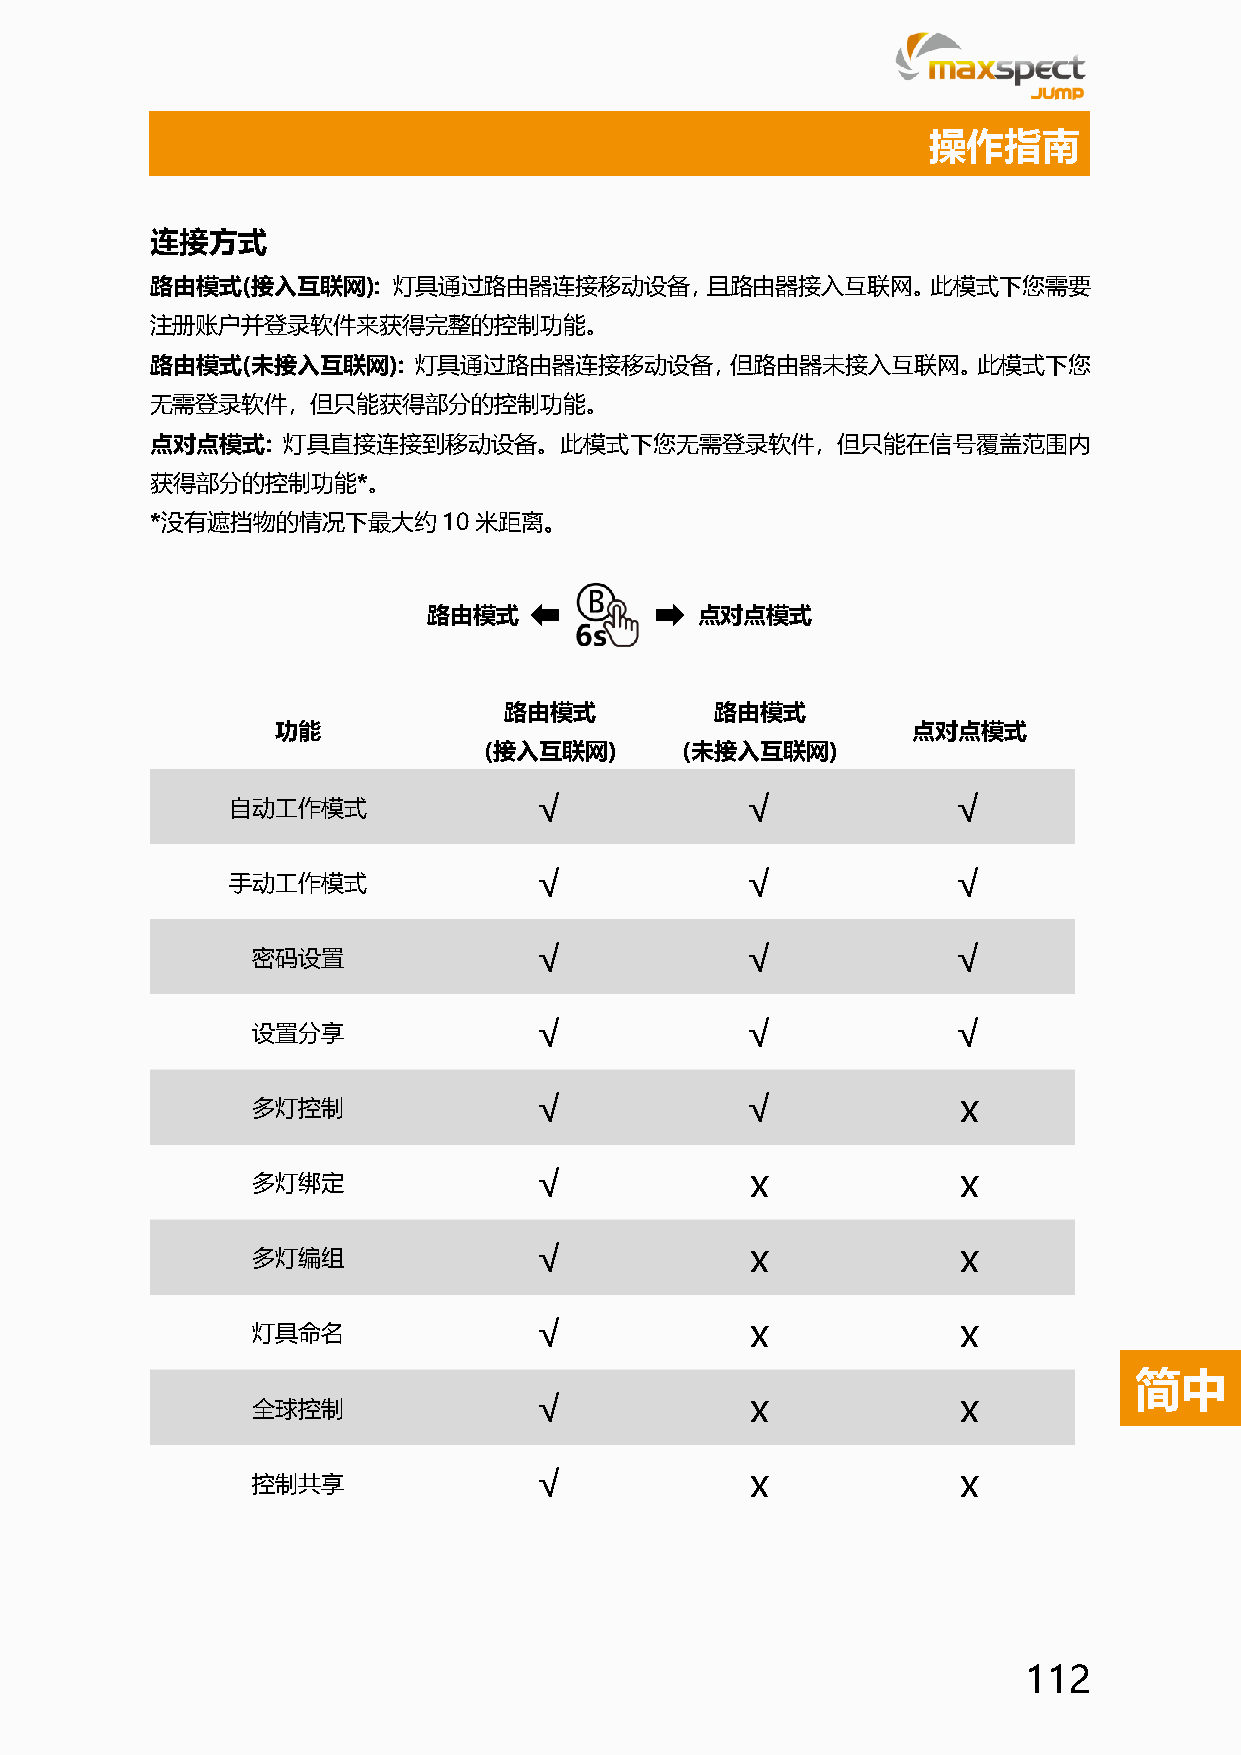
操作指南
 连接方式
 路由模式(接入互联网):    灯具通过路由器连接移动设备，且路由器接入互联网。此模式下您需要
 注册账户并登录软件来获得完整的控制功能。
 路由模式(未接入互联网):    灯具通过路由器连接移动设备，但路由器未接入互联网。此模式下您
 无需登录软件，但只能获得部分的控制功能。
 点对点模式:   灯具直接连接到移动设备。此模式下您无需登录软件，但只能在信号覆盖范围内
 获得部分的控制功能*。
 *没有遮挡物的情况下最大约10米距离。
 路由模式              点对点模式
 路由模式          路由模式
 功能                                        点对点模式
 (接入互联网)      (未接入互联网)
 自动工作模式               √            √             √
 手动工作模式               √            √             √
 密码设置               √            √             √
 设置分享               √            √             √
 多灯控制               √            √              x
 多灯绑定               √             x             x
 多灯编组               √             x             x
 灯具命名               √             x             x
 简中
 全球控制               √             x             x
 控制共享               √             x             x
 112